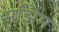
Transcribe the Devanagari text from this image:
मझिम